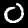
Digit: 0